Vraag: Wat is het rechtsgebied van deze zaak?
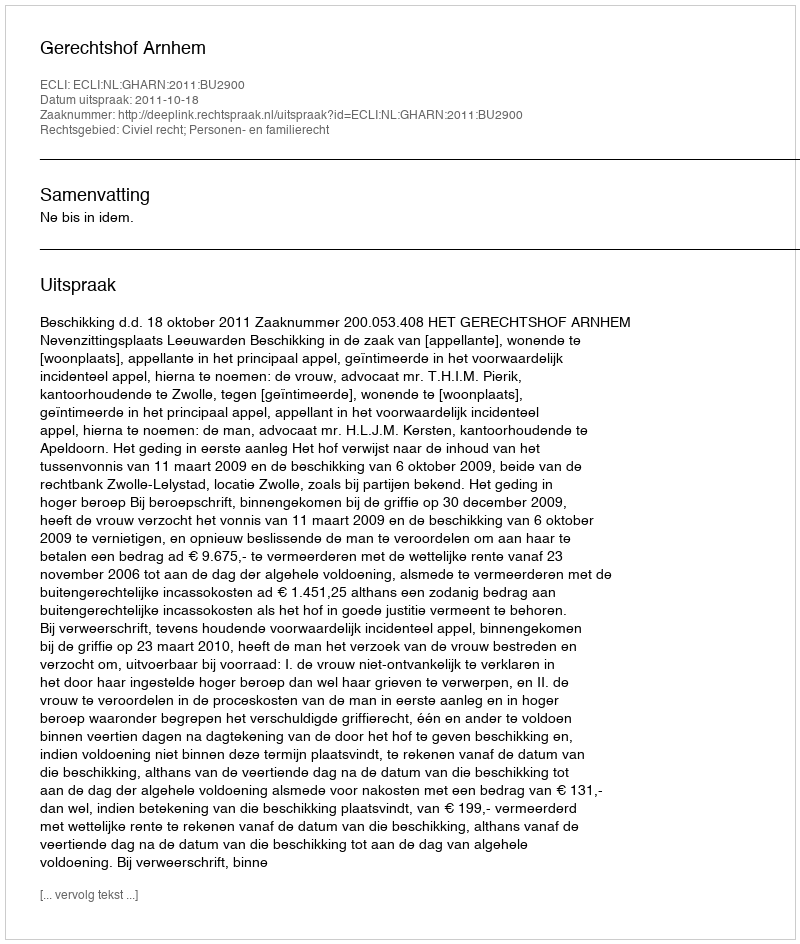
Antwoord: Civiel recht; Personen- en familierecht